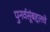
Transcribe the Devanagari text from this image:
पुनर्वसूंबद्दलचे